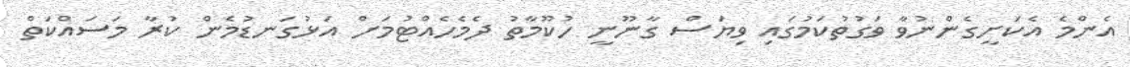
އެންމެ އެކަށީގެންނުވާ ވަގުތުކަމުގައި ވިޔަސް ގާނޫނީ ހުކޫމާތު ދެމެހެއްޓުމަށް އަޅުގަނޑުމެން ކުރާ މަސައްކަތް